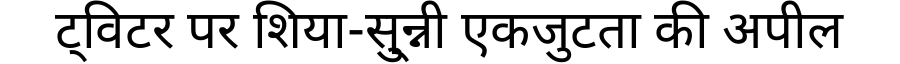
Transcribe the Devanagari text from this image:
ट्विटर पर शिया-सु्न्नी एकजुटता की अपील